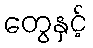
တွေနှင့်